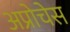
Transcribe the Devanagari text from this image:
अप्रोचेस